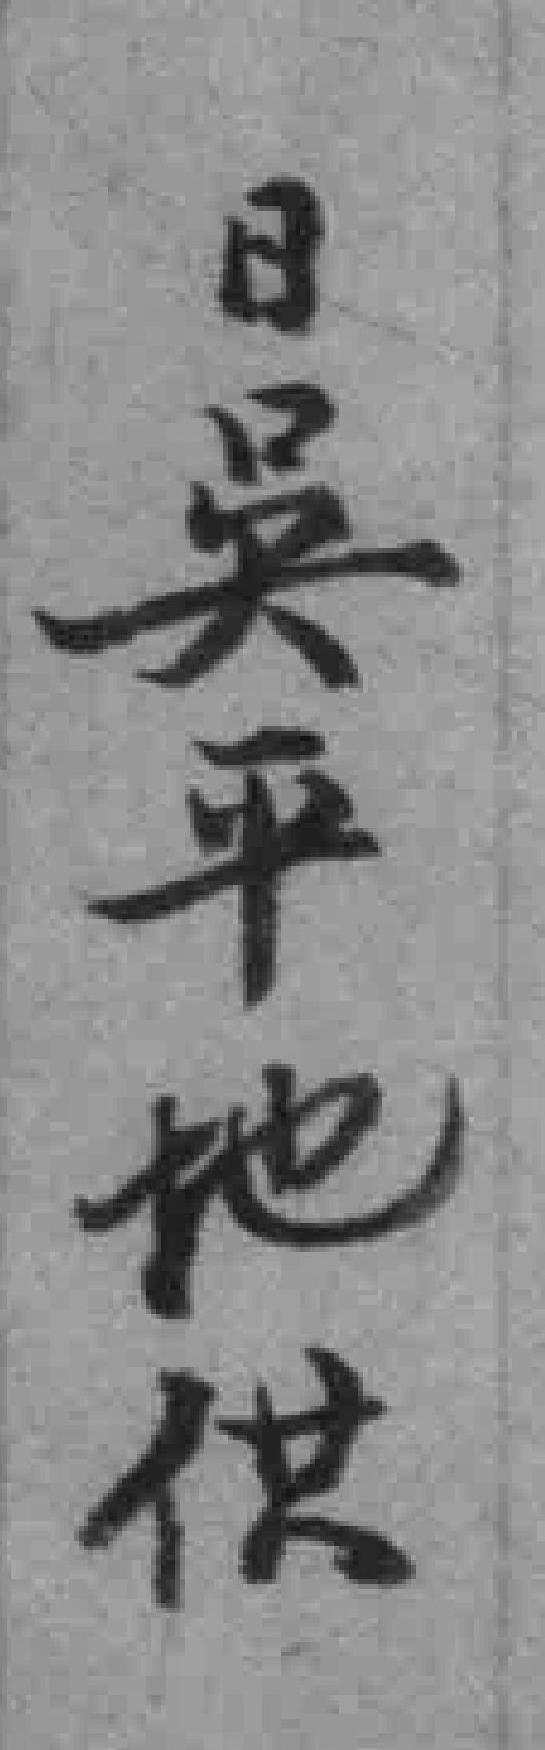
日吳平地供